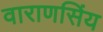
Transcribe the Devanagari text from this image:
वाराणसिंय